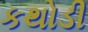
કથોડી